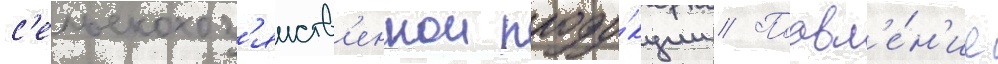
с'ельскохоз'яиств'еннои проду́кции // Поавл'е́н'ие